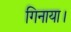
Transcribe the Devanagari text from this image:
गिनाया।